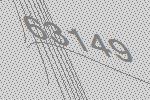
63149